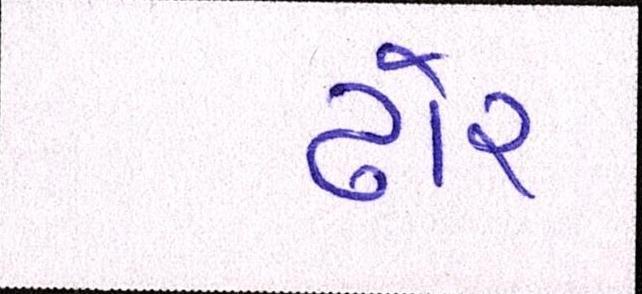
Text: ઢોર